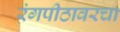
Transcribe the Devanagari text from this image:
रंगपीठावरचा